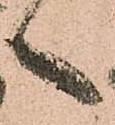
之